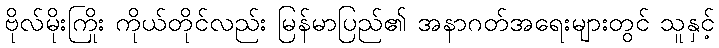
ဗိုလ်မိုးကြိုး ကိုယ်တိုင်လည်း မြန်မာပြည်၏ အနာဂတ်အရေးများတွင် သူနှင့်